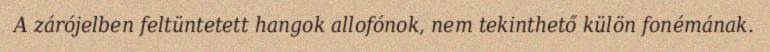
A zárójelben feltüntetett hangok allofónok, nem tekinthető külön fonémának.